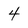
Character: 4